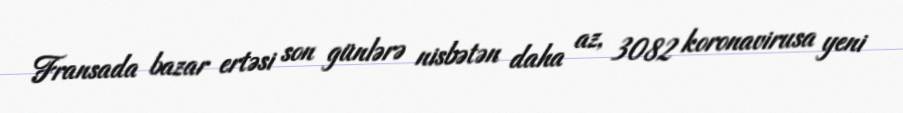
Fransada bazar ertəsi son günlərə nisbətən daha az, 3082 koronavirusa yeni